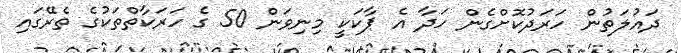
ދައުލަތުން ހަރަދުކޮށްގެން ހަދާ އެ ޕާކަކީ މިނިވަން 50 ގެ ހަރަކާތްތަކުގެ ތެރޭގައި